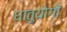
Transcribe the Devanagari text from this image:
धातुयोगों